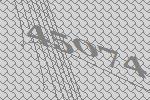
45074